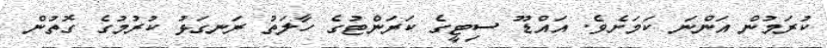
ކުރަމުން އަންނަ ކަމަށެވެ. އައްޑޫ ސިޓީގެ ކަރަންޓުގެ ހާލަތު ރަނގަޅު ކުރުމުގެ ގޮތުން